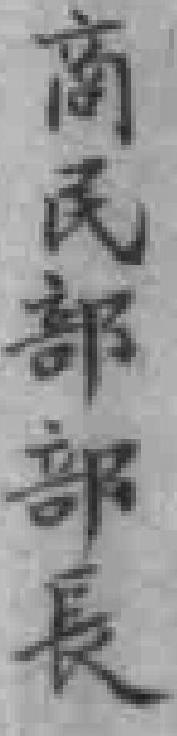
商民部部長